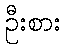
ဦးစား